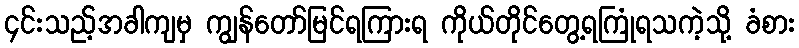
၄င်းသည့်အခါကျမှ ကျွန်တော်မြင်ရကြားရ ကိုယ်တိုင်တွေ့ရကြုံရသကဲ့သို့ ခံစား